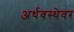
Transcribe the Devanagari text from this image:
अर्थवस्थेवर